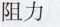
阻力